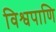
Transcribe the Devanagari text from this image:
विश्वपाणि